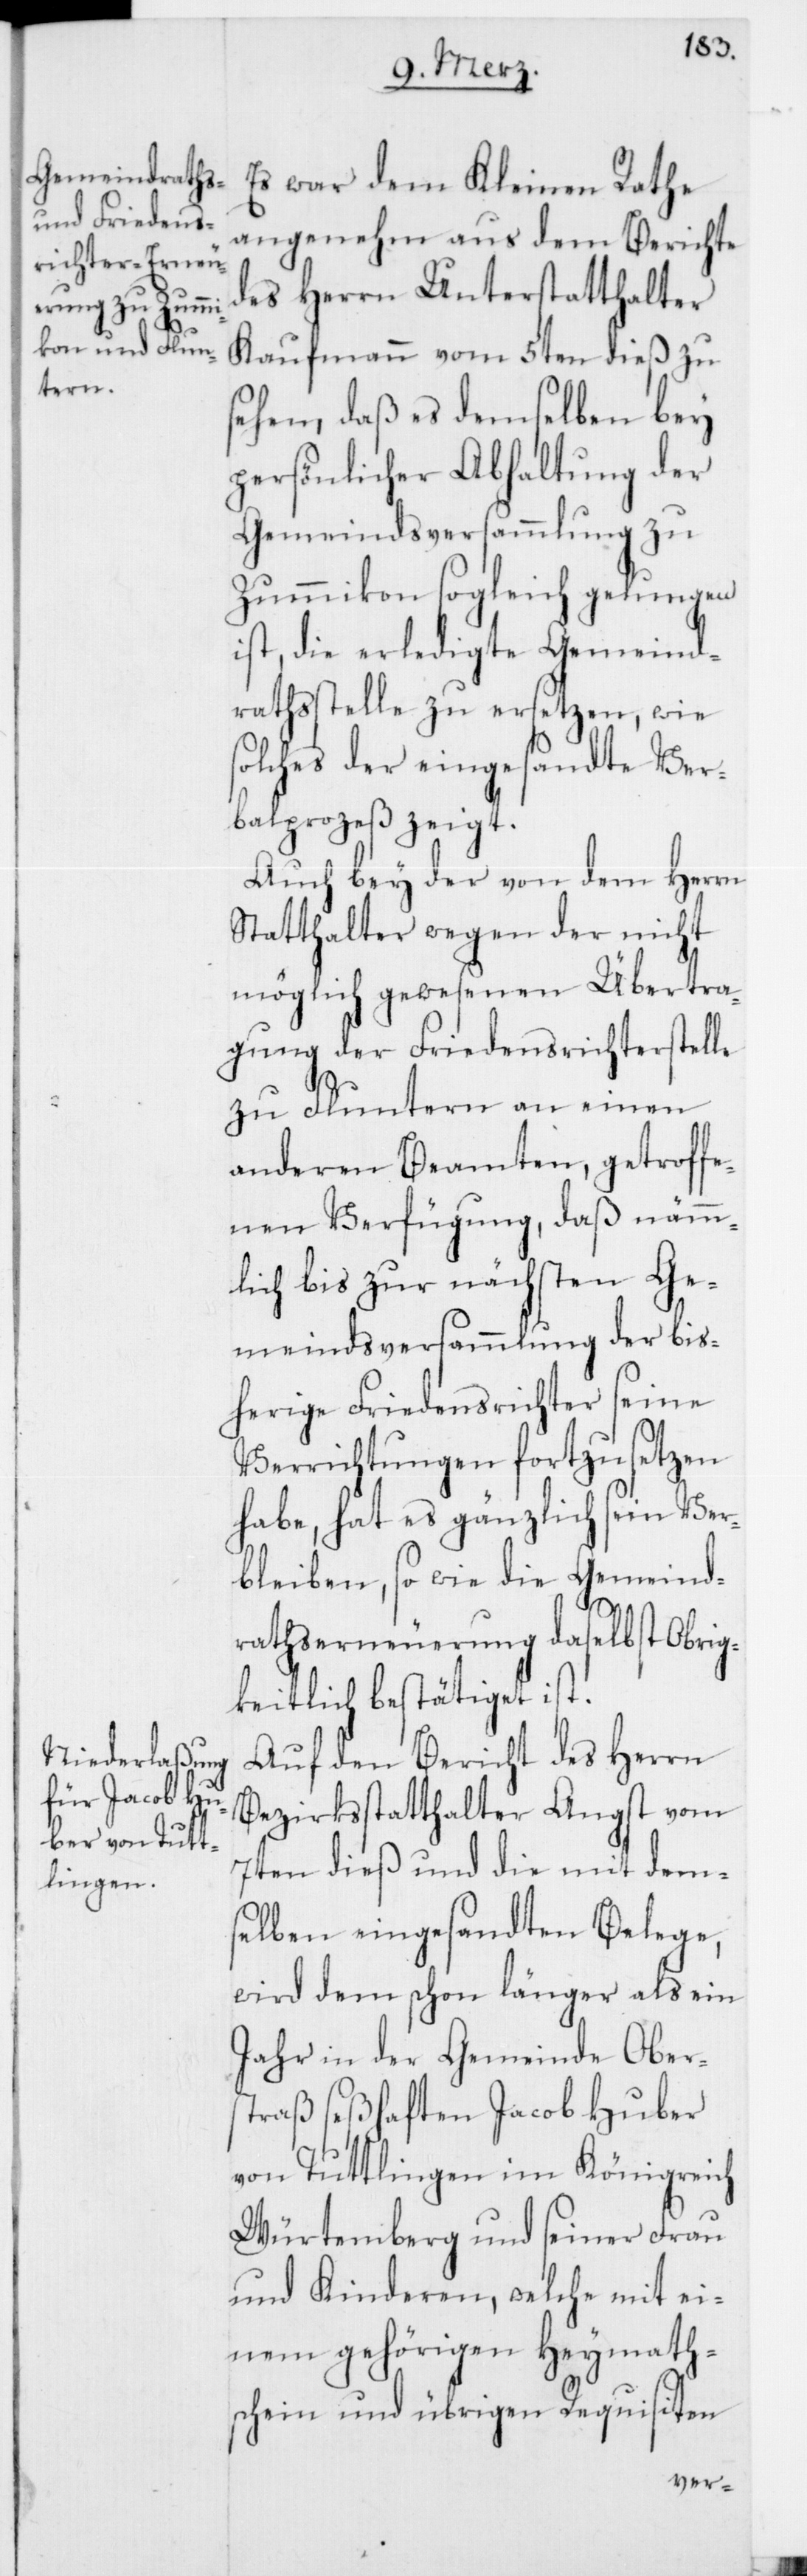
Es war dem Kleinen Rathe
angenehm aus dem Berichte
des Herrn Unterstatthalter
Kaufmann vom 5ten dieß zu
sehen, daß es demselben bey
persönlicher Abhaltung der
Gemeindsversammlung zu
Zummikon sogleich gelungen
ist, die erledigte Gemeind¬
rathsstelle zu ersetzen, wie
solches der eingesandte Ver¬
balprozeß zeigt.
Auch bey der von dem Herrn
Statthalter wegen der nicht
möglich gewesenen Übertra¬
gung der Friedensrichterstelle
zu Fluntern an einen
anderen Beamten, getroffe¬
nen Verfügung, daß nämm¬
lich bis zur nächsten Ge¬
meindsversammlung der bis¬
herige Friedensrichter seine
Verrichtungen fortzusetzen
habe, hat es gänzlich sein Ver¬
bleiben, so wie die Gemeind¬
rathserneuerung daselbst Obrig¬
keitlich bestätiget ist.
Auf den Bericht des Herrn
Bezirksstatthalter Angst vom
7ten dieß und die mit dem¬
selben eingesandten Belege,
wird dem schon länger als ein
Jahr in der Gemeinde Obers¬
traß seßhaften Jacob Huber
von Tuttlingen im Königreich
Würtemberg, und seiner Frau
und Kinderen, welche mit ei¬
nem gehörigen Heymath¬
schein und übrigen Requisiten